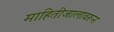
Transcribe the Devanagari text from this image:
माहितीजालावरून